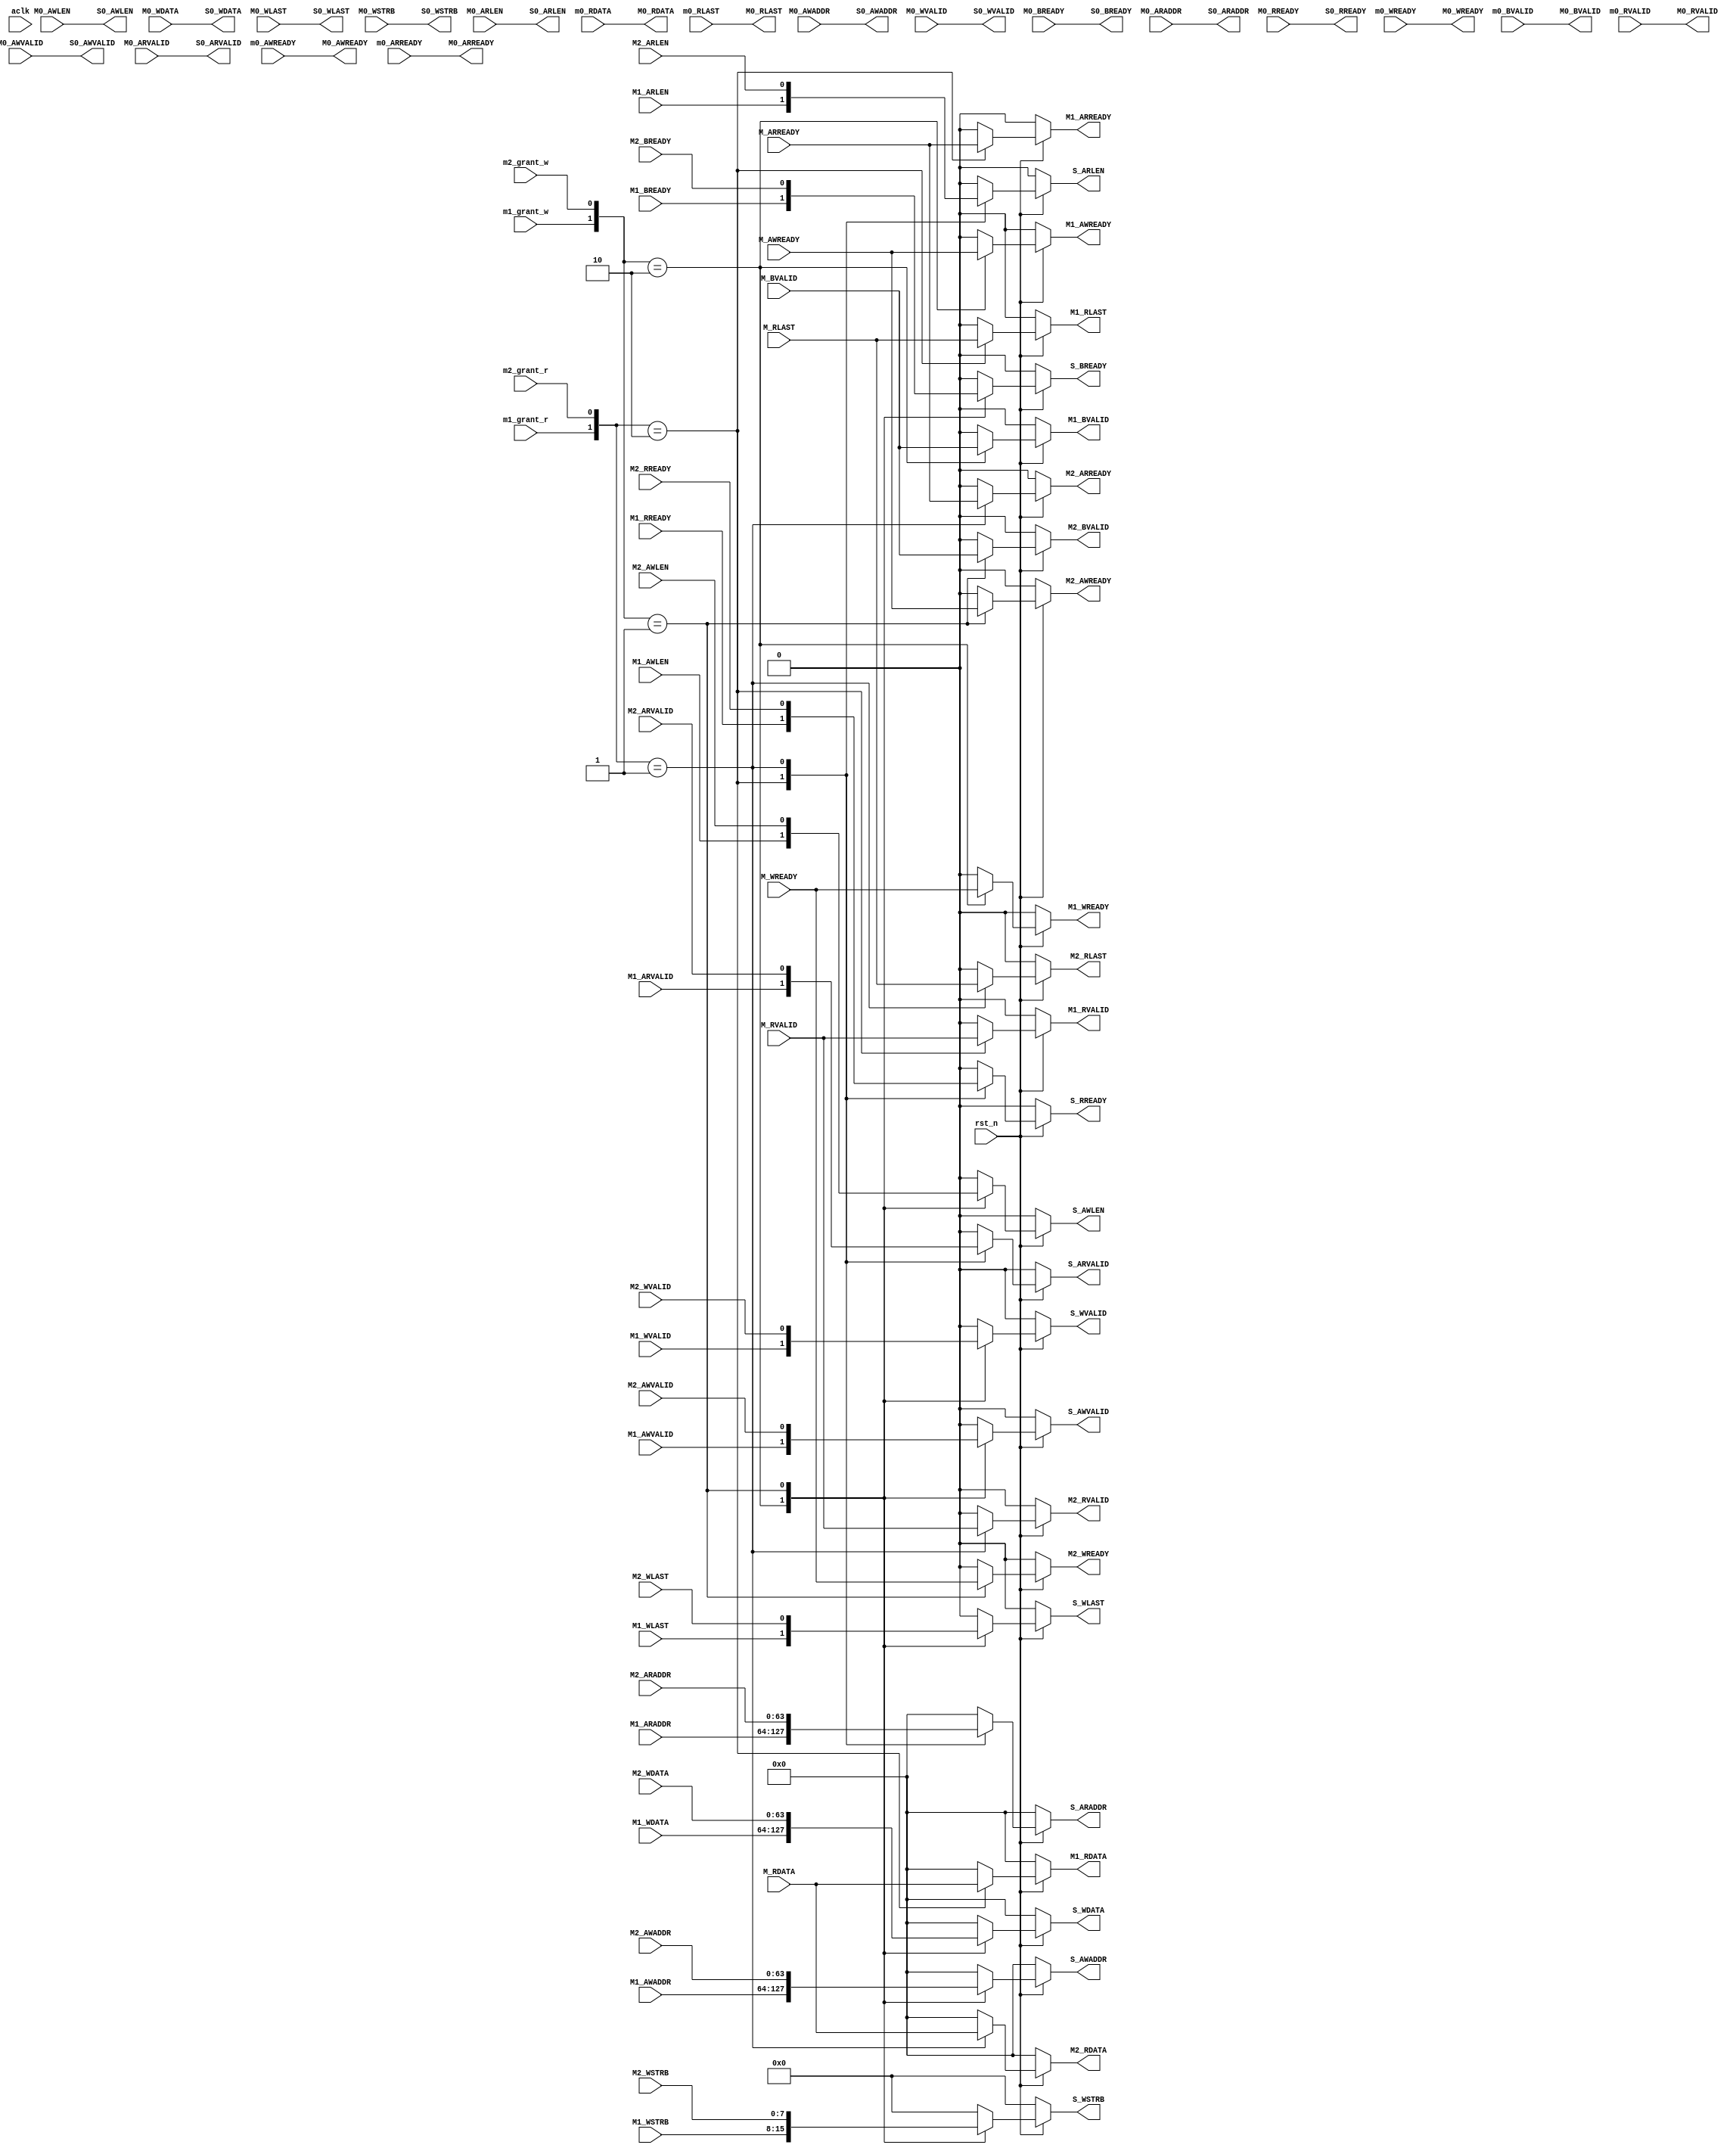
module axi_master_mux 
#(
    parameter ADDR_WIDTH = 64,
              DATA_WIDTH = 64,
              ADDR_SEL   = 8 
)
(
    //  Gobal signal
    input wire              aclk,
    input wire              rst_n,
    //  (M0 M1 M2) - MUX - S **************************************
    //  Master 0 -------------------------------------
    //  Write address
    input wire [ADDR_WIDTH-1:0]     M0_AWADDR,
    input wire                      M0_AWLEN,
    input wire                      M0_AWVALID,
    //  Write data
    input wire [DATA_WIDTH-1:0]     M0_WDATA,
    input wire                      M0_WLAST,
    input wire                      M0_WVALID,
    input wire [ADDR_SEL-1:0]       M0_WSTRB, 
    //  Write back
    input wire                      M0_BREADY,
    //  Read address
    input wire [ADDR_WIDTH-1:0]     M0_ARADDR,
    input wire                      M0_ARLEN,
    input wire                      M0_ARVALID,
    //  Read data
    input wire                      M0_RREADY,   

    //  Master 1 --------------------------------------
    //  Write address
    input wire [ADDR_WIDTH-1:0]     M1_AWADDR,
    input wire                      M1_AWLEN,
    input wire                      M1_AWVALID,
    //  Write data
    input wire [DATA_WIDTH-1:0]     M1_WDATA,
    input wire                      M1_WLAST,
    input wire                      M1_WVALID,
    input wire [ADDR_SEL-1:0]       M1_WSTRB,
    //  Write back
    input wire                      M1_BREADY,
    //  Read address
    input wire [ADDR_WIDTH-1:0]     M1_ARADDR,
    input wire                      M1_ARLEN,
    input wire                      M1_ARVALID,
    //  Read data
    input wire                      M1_RREADY, 

    //  Master 2 ----------------------------------------
    //  Write address
    input wire [ADDR_WIDTH-1:0]     M2_AWADDR,
    input wire                      M2_AWLEN,
    input wire                      M2_AWVALID,
    //  Write data
    input wire [DATA_WIDTH-1:0]     M2_WDATA,
    input wire                      M2_WLAST,
    input wire                      M2_WVALID,
    input wire [ADDR_SEL-1:0]       M2_WSTRB,
    //  Write back
    input wire                      M2_BREADY,
    //  Read address
    input wire [ADDR_WIDTH-1:0]     M2_ARADDR,
    input wire                      M2_ARLEN,
    input wire                      M2_ARVALID,
    //  Read data
    input wire                      M2_RREADY, 

    //  Slave --------------------------------------------
    //  Write address
    output reg [ADDR_WIDTH-1:0]     S_AWADDR,
    output reg                      S_AWLEN,
    output reg                      S_AWVALID,
    //  Write data
    output reg [DATA_WIDTH-1:0]     S_WDATA,
    output reg                      S_WLAST,
    output reg                      S_WVALID,
    output reg [ADDR_SEL-1:0]       S_WSTRB,
    //  Write back
    output reg                      S_BREADY,
    //  Read address
    output reg [ADDR_WIDTH-1:0]     S_ARADDR,
    output reg                      S_ARLEN,
    output reg                      S_ARVALID,
    //  Read data
    output reg                      S_RREADY,
    // Slave0 -------------------------------------------
    output wire [ADDR_WIDTH-1:0]     S0_AWADDR,
    output wire                      S0_AWLEN,
    output wire                      S0_AWVALID,
    //  Write data
    output wire [DATA_WIDTH-1:0]     S0_WDATA,
    output wire                      S0_WLAST,
    output wire                      S0_WVALID,
    output wire [ADDR_SEL-1:0]       S0_WSTRB,
    //  Write back
    output wire                      S0_BREADY,
    //  Read address
    output wire [ADDR_WIDTH-1:0]     S0_ARADDR,
    output wire                      S0_ARLEN,
    output wire                      S0_ARVALID,
    //  Read data
    output wire                      S0_RREADY,
    // ****************************************************************
    // S - router - (M0 M1 M2)-----------------------

    // Master input signal from slave--------------
    //  Write address
    input wire                      M_AWREADY,
    //  Write data
    input wire                      M_WREADY,
    //  Write back
    input wire                      M_BVALID,
    //  Read address
    input wire                      M_ARREADY,
    //  Read data
    input wire [DATA_WIDTH-1:0]     M_RDATA,
    input wire                      M_RLAST,
    input wire                      M_RVALID,
    // Master 0 --------------------------------
    input wire                      m0_AWREADY,
    input wire                      m0_WREADY,
    input wire                      m0_BVALID,
    input wire                      m0_ARREADY,
    input wire [DATA_WIDTH-1:0]     m0_RDATA,
    input wire                      m0_RLAST,
    input wire                      m0_RVALID,

    // Master 0  -------------------------------
    output wire                      M0_AWREADY,
    output wire                      M0_WREADY,
    output wire                      M0_BVALID,
    output wire                      M0_ARREADY,
    output wire [DATA_WIDTH-1:0]     M0_RDATA,
    output wire                      M0_RLAST,
    output wire                      M0_RVALID,
    // Master 1  --------------------------------
    output reg                      M1_AWREADY,
    output reg                      M1_WREADY,
    output reg                      M1_BVALID,
    output reg                      M1_ARREADY,
    output reg [DATA_WIDTH-1:0]     M1_RDATA,
    output reg                      M1_RLAST,
    output reg                      M1_RVALID,
    // Master 2 --------------------------------
    output reg                      M2_AWREADY,
    output reg                      M2_WREADY,
    output reg                      M2_BVALID,
    output reg                      M2_ARREADY,
    output reg [DATA_WIDTH-1:0]     M2_RDATA,
    output reg                      M2_RLAST,
    output reg                      M2_RVALID,
    

    //  sel ena
    //input wire                      m0_grant_w,
    input wire                      m1_grant_w,
    input wire                      m2_grant_w,

   // input wire                      m0_grant_r,
    input wire                      m1_grant_r,
    input wire                      m2_grant_r
);
 
    assign  S0_AWADDR   =  M0_AWADDR;
    assign  S0_AWLEN    =  M0_AWLEN;
    assign  S0_AWVALID  =  M0_AWVALID;
    assign  S0_WDATA    =  M0_WDATA;
    assign  S0_WLAST    =  M0_WLAST;
    assign  S0_WVALID   =  M0_WVALID;
    assign  S0_WSTRB    =  M0_WSTRB;
    assign  S0_BREADY   =  M0_BREADY;
    assign  S0_ARADDR   =  M0_ARADDR;
    assign  S0_ARLEN    =  M0_ARLEN;
    assign  S0_ARVALID  =  M0_ARVALID;
    assign  S0_RREADY   =  M0_RREADY;

    assign  M0_AWREADY  =  m0_AWREADY  ;    
    assign  M0_WREADY   =  m0_WREADY   ;    
    assign  M0_BVALID   =  m0_BVALID   ;    
    assign  M0_ARREADY  =  m0_ARREADY  ;    
    assign  M0_RDATA    =  m0_RDATA    ;    
    assign  M0_RLAST    =  m0_RLAST    ;    
    assign  M0_RVALID   =  m0_RVALID   ;    

    //  Write mux
    always @(*) begin
        if(!rst_n) begin
            S_AWADDR    = 'd0;
            S_AWLEN     = 'd0;
            S_AWVALID   = 'd0;
            S_WDATA     = 'd0;
            S_WLAST     = 'd0;
            S_WVALID    = 'd0;
            S_BREADY    = 'd0;
            S_WSTRB     = 'd0;
        end else begin
            //case ({m0_grant_w,m1_grant_w,m2_grant_w})
            case ({m1_grant_w,m2_grant_w})
               /* 3'b100:begin
                    S_AWADDR    = M0_AWADDR;
                    S_AWLEN     = M0_AWLEN;
                    S_AWVALID   = M0_AWVALID;
                    S_WDATA     = M0_WDATA;
                    S_WLAST     = M0_WLAST;
                    S_WVALID    = M0_WVALID;
                    S_BREADY    = M0_BREADY;
                end */
                2'b10:begin
                    S_AWADDR    = M1_AWADDR;
                    S_AWLEN     = M1_AWLEN;
                    S_AWVALID   = M1_AWVALID;
                    S_WDATA     = M1_WDATA;
                    S_WLAST     = M1_WLAST;
                    S_WVALID    = M1_WVALID;
                    S_WSTRB     = M1_WSTRB;
                    S_BREADY    = M1_BREADY;
                end
                2'b01:begin
                    S_AWADDR    = M2_AWADDR;
                    S_AWLEN     = M2_AWLEN;
                    S_AWVALID   = M2_AWVALID;
                    S_WDATA     = M2_WDATA;
                    S_WLAST     = M2_WLAST;
                    S_WVALID    = M2_WVALID;
                    S_WSTRB     = M2_WSTRB;
                    S_BREADY    = M2_BREADY;
                end
                default: begin
                    S_AWADDR    = 'd0;
                    S_AWLEN     = 'd0;
                    S_AWVALID   = 'd0;
                    S_WDATA     = 'd0;
                    S_WLAST     = 'd0;
                    S_WVALID    = 'd0;
                    S_WSTRB     = 'd0;
                    S_BREADY    = 'd0;
                end
            endcase
        end
    end

    //  Read mux
    always @(*) begin
        if(!rst_n) begin
            S_ARADDR    = 'd0;
            S_ARLEN     = 'd0;
            S_ARVALID   = 'd0;
            S_RREADY    = 'd0;
        end else begin
            //case ({m0_grant_r,m1_grant_r,m2_grant_r})
            case ({m1_grant_r,m2_grant_r})
                /*3'b100:begin
                    S_ARADDR    = M0_ARADDR;
                    S_ARLEN     = M0_ARLEN;
                    S_ARVALID   = M0_ARVALID;
                    S_RREADY    = M0_RREADY;
                end */
                2'b10:begin
                    S_ARADDR    = M1_ARADDR;
                    S_ARLEN     = M1_ARLEN;
                    S_ARVALID   = M1_ARVALID;
                    S_RREADY    = M1_RREADY;
                end
                2'b01:begin
                    S_ARADDR    = M2_ARADDR;
                    S_ARLEN     = M2_ARLEN;
                    S_ARVALID   = M2_ARVALID;
                    S_RREADY    = M2_RREADY;
                end
                default: begin
                    S_ARADDR    = 'd0;
                    S_ARLEN     = 'd0;
                    S_ARVALID   = 'd0;
                    S_RREADY    = 'd0;
                end
            endcase
        end
    end

    /*
    reg m0_grant_w1, m1_grant_w1, m2_grant_w1;
    always @(posedge aclk or negedge rst_n) begin
        if(!rst_n)begin
            m0_grant_w1 <= 'd0;
            m1_grant_w1 <= 'd0;
            m2_grant_w1 <= 'd0;
        end else begin
            m0_grant_w1 <= m0_grant_w;
            m1_grant_w1 <= m1_grant_w;
            m2_grant_w1 <= m2_grant_w;
        end
    end  */
    // router awready
    always @(*) begin
        if(!rst_n)begin
            //M0_AWREADY  = 'd0;
            M1_AWREADY  = 'd0;
            M2_AWREADY  = 'd0;
        end else begin
            //case ({m0_grant_w1,m1_grant_w1,m2_grant_w1})
            case ({m1_grant_w,m2_grant_w})
                /*3'b100:begin
                    M0_AWREADY  = M_AWREADY;
                    M1_AWREADY  = 'd0;
                    M2_AWREADY  = 'd0;
                end*/ 
                2'b10:begin
                  //  M0_AWREADY  = 'd0;
                    M1_AWREADY  = M_AWREADY;
                    M2_AWREADY  = 'd0;
                end
                2'b01:begin
                    //M0_AWREADY  = 'd0;
                    M1_AWREADY  = 'd0;
                    M2_AWREADY  = M_AWREADY;
                end
                default: begin
                    //M0_AWREADY  = 'd0;
                    M1_AWREADY  = 'd0;
                    M2_AWREADY  = 'd0;
                end
            endcase
        end
    end
    // router wready
    always @(*) begin
        if(!rst_n)begin
            //M0_WREADY  = 'd0;
            M1_WREADY  = 'd0;
            M2_WREADY  = 'd0;
        end else begin
            //case ({m0_grant_w1,m1_grant_w1,m2_grant_w1})
            case ({m1_grant_w,m2_grant_w})
              /*  3'b100:begin
                    M0_WREADY  = M_WREADY;
                    M1_WREADY  = 'd0;
                    M2_WREADY  = 'd0;
                end */
                2'b10:begin
                   // M0_WREADY  = 'd0;
                    M1_WREADY  = M_WREADY;
                    M2_WREADY  = 'd0;
                end
                2'b01:begin
                  //  M0_WREADY  = 'd0;
                    M1_WREADY  = 'd0;
                    M2_WREADY  = M_WREADY;
                end
                default: begin
                    //M0_WREADY  = 'd0;
                    M1_WREADY  = 'd0;
                    M2_WREADY  = 'd0;
                end
            endcase
        end
    end
    // ROUTER bvalid
    always @(*) begin
        if(!rst_n)begin
            //M0_BVALID  = 'd0;
            M1_BVALID  = 'd0;
            M2_BVALID  = 'd0;
        end else begin
            //case ({m0_grant_w1,m1_grant_w1,m2_grant_w1})
            case ({m1_grant_w,m2_grant_w})
               /* 3'b100:begin
                    M0_BVALID  = M_BVALID;
                    M1_BVALID  = 'd0;
                    M2_BVALID  = 'd0;
                end */
                2'b10:begin
                  //  M0_BVALID  = 'd0;
                    M1_BVALID  = M_BVALID;
                    M2_BVALID  = 'd0;
                end
                2'b01:begin
                  //  M0_BVALID  = 'd0;
                    M1_BVALID  = 'd0;
                    M2_BVALID  = M_BVALID;
                end
                default: begin
                    //M0_BVALID  = 'd0;
                    M1_BVALID  = 'd0;
                    M2_BVALID  = 'd0;
                end
            endcase
        end
    end
    
    // router aready
    always @(*) begin
        if(!rst_n)begin
            //M0_ARREADY  = 'd0;
            M1_ARREADY  = 'd0;
            M2_ARREADY  = 'd0;
        end else begin
            //case ({m0_grant_r,m1_grant_r,m2_grant_r})
            case ({m1_grant_r,m2_grant_r})
               /* 3'b100:begin
                    M0_ARREADY  = M_ARREADY;
                    M1_ARREADY  = 'd0;
                    M2_ARREADY  = 'd0;
                end */
                2'b10:begin
                  //  M0_ARREADY  = 'd0;
                    M1_ARREADY  = M_ARREADY;
                    M2_ARREADY  = 'd0;
                end
                2'b01:begin
                  //  M0_ARREADY  = 'd0;
                    M1_ARREADY  = 'd0;
                    M2_ARREADY  = M_ARREADY;
                end
                default: begin
                    //M0_ARREADY  = 'd0;
                    M1_ARREADY  = 'd0;
                    M2_ARREADY  = 'd0;
                end
            endcase
        end
    end
    // router rdata
    always @(*) begin
        if(!rst_n)begin
            //M0_RDATA  = 'd0;
            M1_RDATA  = 'd0;
            M2_RDATA  = 'd0;
        end else begin
            //case ({m0_grant_r,m1_grant_r,m2_grant_r})
            case ({m1_grant_r,m2_grant_r})
              /*  3'b100:begin
                    M0_RDATA  = M_RDATA;
                    M1_RDATA  = 'd0;
                    M2_RDATA  = 'd0;
                end */
                2'b10:begin
                  //  M0_RDATA  = 'd0;
                    M1_RDATA  = M_RDATA;
                    M2_RDATA  = 'd0;
                end
                2'b01:begin
                  //  M0_RDATA  = 'd0;
                    M1_RDATA  = 'd0;
                    M2_RDATA  = M_RDATA;
                end
                default: begin
                    //M0_RDATA  = 'd0;
                    M1_RDATA  = 'd0;
                    M2_RDATA  = 'd0;
                end
            endcase
        end
    end
    // router rlast
    always @(*) begin
        if(!rst_n)begin
           // M0_RLAST  = 'd0;
            M1_RLAST  = 'd0;
            M2_RLAST  = 'd0;
        end else begin
            //case ({m0_grant_r,m1_grant_r,m2_grant_r})
            case ({m1_grant_r,m2_grant_r})
               /* 3'b100:begin
                    M0_RLAST  = M_RLAST;
                    M1_RLAST  = 'd0;
                    M2_RLAST  = 'd0;
                end */
                2'b10:begin
                   // M0_RLAST  = 'd0;
                    M1_RLAST  = M_RLAST;
                    M2_RLAST  = 'd0;
                end
                2'b01:begin
                   // M0_RLAST  = 'd0;
                    M1_RLAST  = 'd0;
                    M2_RLAST  = M_RLAST;
                end
                default: begin
                    //M0_RLAST  = 'd0;
                    M1_RLAST  = 'd0;
                    M2_RLAST  = 'd0;
                end
            endcase
        end
    end

    // router rvalid
    always @(*) begin
        if(!rst_n)begin
           // M0_RVALID  = 'd0;
            M1_RVALID  = 'd0;
            M2_RVALID  = 'd0;
        end else begin
            //case ({m0_grant_r,m1_grant_r,m2_grant_r})
            case ({m1_grant_r,m2_grant_r})
               /* 3'b100:begin
                    M0_RVALID  = M_RVALID;
                    M1_RVALID  = 'd0;
                    M2_RVALID  = 'd0;
                end */
                2'b10:begin
                   // M0_RVALID  = 'd0;
                    M1_RVALID  = M_RVALID;
                    M2_RVALID  = 'd0;
                end
                2'b01:begin
                   // M0_RVALID  = 'd0;
                    M1_RVALID  = 'd0;
                    M2_RVALID  = M_RVALID;
                end
                default: begin
                   // M0_RVALID  = 'd0;
                    M1_RVALID  = 'd0;
                    M2_RVALID  = 'd0;
                end
            endcase
        end
    end

endmodule